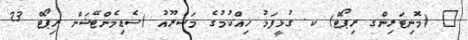
_ (މޮނިޓަރިންގ ރިޕޯޓް) ކ. ގުޅީފަޅު ހިއްކުމުގެ މަޝްރޫއު (ސެޑިމެންޓޭޝަން ރިޕޯޓް 23